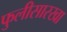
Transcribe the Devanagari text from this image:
फुलीसारखा